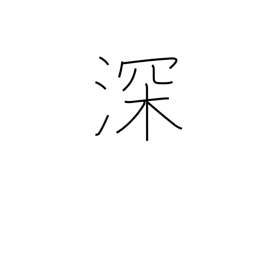
Meaning: strengthen